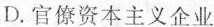
D.官僚资本主义企业